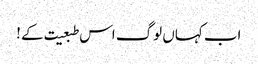
اب کہاں لوگ اس طبعیت کے !